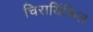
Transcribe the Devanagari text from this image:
चिरायिंकिल